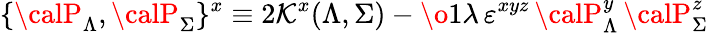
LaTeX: \{ {\calP}_{\Lambda},{\calP}_{\Sigma}\} ^{x}\equiv2\mathcal{K}^{x}(\Lambda,\Sigma)-{\o{1}{\lambda}}\, \varepsilon^{xyz}\, {\calP}_{\Lambda}^{y}\, {\calP}_{\Sigma}^{z}